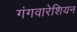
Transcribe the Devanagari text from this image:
गंगवारेशियन